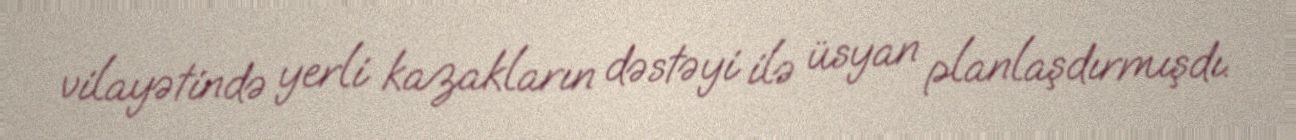
vilayətində yerli kazakların dəstəyi ilə üsyan planlaşdırmışdı.